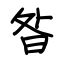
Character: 昝